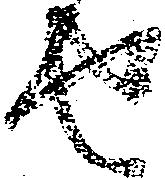
せ